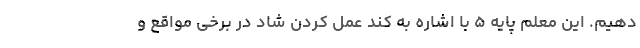
دهیم. این معلم پایه ۵ با اشاره به کند عمل کردن شاد در برخی مواقع و